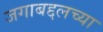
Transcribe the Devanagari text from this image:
जगाबद्दलच्या